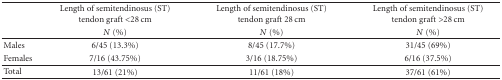
|  | Length of semitendinosus (ST) tendon graft <28 cm | Length of semitendinosus (ST) tendon graft 28 cm | Length of semitendinosus (ST) tendon graft >28 cm |
 |  | N (%) | N (%) | N (%) |
 | --- | --- | --- | --- |
 | Males | 6/45 (13.3%) | 8/45 (17.7%) | 31/45 (69%) |
 | Females | 7/16 (43.75%) | 3/16 (18.75%) | 6/16 (37.5%) |
 | Total | 13/61 (21%) | 11/61 (18%) | 37/61 (61%) |